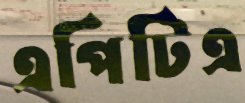
এপিটিএ